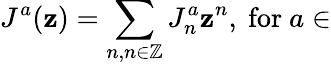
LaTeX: J^{a}(\mathbf{z})=\sum_{n,n\in\mathbb{Z}}J_{n}^{a}\mathbf{z}^{n},~\mathrm{{for}}~a\in